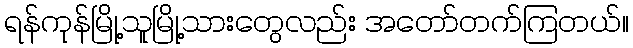
ရန်ကုန်မြို့သူမြို့သားတွေလည်း အတော်တက်ကြတယ်။